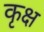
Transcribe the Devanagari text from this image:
कृक्ष